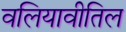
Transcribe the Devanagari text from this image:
वलियावीतिल